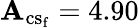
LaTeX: \mathbf{A}_{\mathrm{{{cs_{f}}}}}=4.90